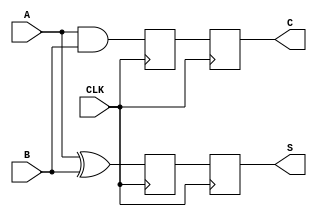
module sequential_half_adder (
    input wire A,          // First input bit
    input wire B,          // Second input bit
    input wire CLK,        // Clock signal
    output reg S,         // Sum output
    output reg C          // Carry output
);

    // Internal registers to hold the state
    reg sum_reg;
    reg carry_reg;

    // Always block triggered on the rising edge of the clock
    always @(posedge CLK) begin
        // Compute new sum and carry
        sum_reg <= A ^ B;      // S_new = A XOR B
        carry_reg <= A & B;    // C_new = A AND B
    end

    // Assign the internal registers to the outputs
    always @(posedge CLK) begin
        S <= sum_reg;          // Update output S
        C <= carry_reg;        // Update output C
    end

    // Initialization on reset (optional, if you want to include a reset)
    initial begin
        S = 0;                 // Initialize sum output
        C = 0;                 // Initialize carry output
    end

endmodule